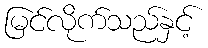
မြင်လိုက်သည်နှင့်